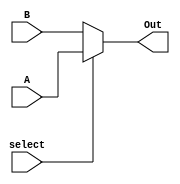
module mux2to1_df(Out, A, B, select);
  input A, B, select;
  output Out;
  assign Out = select ? A : B;
endmodule